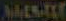
MERTET